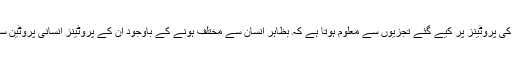
مختلف جان داروں کی پروٹینز پر کیے گئے تجزیوں سے معلوم ہوتا ہے کہ بظاہر انسان سے مختلف ہونے کے باوجود ان کے پروٹینز انسانی پروٹین سے بہت مشابہ ہیں۔